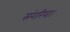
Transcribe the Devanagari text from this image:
संगरिया।